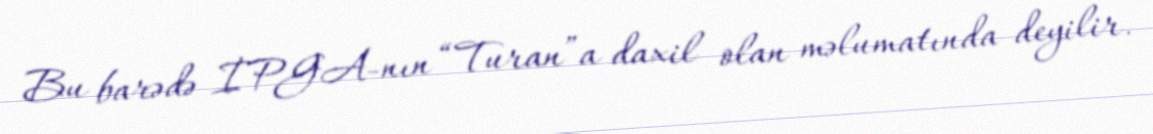
Bu barədə İPGA-nın “Turan”a daxil olan məlumatında deyilir.